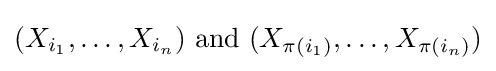
(X_{i_{1}},\dots ,X_{i_{n}}){\text{ and }}(X_{\pi (i_{1})},\dots ,X_{\pi (i_{n})})